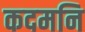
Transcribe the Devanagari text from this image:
कदमनि